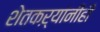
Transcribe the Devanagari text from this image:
शेतकऱ्यांनीही